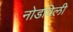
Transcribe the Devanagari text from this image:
नोडविली